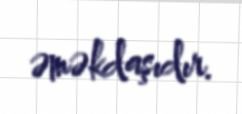
əməkdaşıdır.